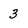
Character: 3